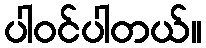
ပါဝင်ပါတယ်။